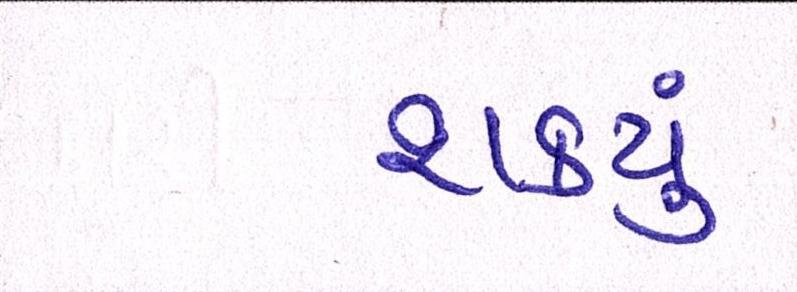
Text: શકયું